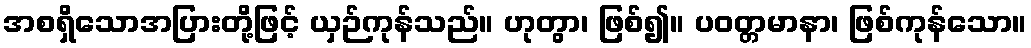
အစရှိသောအပြားတို့ဖြင့် ယှဉ်ကုန်သည်။ ဟုတွာ၊ ဖြစ်၍။ ပဝတ္တမာနာ၊ ဖြစ်ကုန်သော။